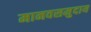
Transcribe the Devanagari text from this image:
मानवसमुदाय